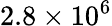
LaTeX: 2.8\times 10^{6}